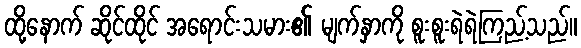
ထို့နောက် ဆိုင်ထိုင် အရောင်းသမား၏ မျက်နှာကို စူးစူးရဲရဲကြည့်သည်။